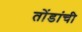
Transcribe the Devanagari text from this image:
तोंडांची